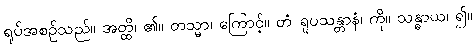
ရုပ်အစဉ်သည်။ အတ္ထိ၊ ၏။ တသ္မာ၊ ကြောင့်။ တံ ရူပသန္တာနံ၊ ကို။ သန္ဓာယ၊ ၍။